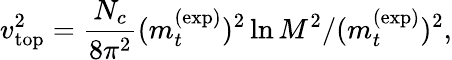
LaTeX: v_{\mathrm{top}}^{2}=\frac{N_{c}}{8\pi^{2}}(m_{t}^{(\mathrm{exp})})^{2}\ln M^{2}/(m_{t}^{(\mathrm{exp})})^{2},